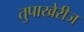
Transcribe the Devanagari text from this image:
तुपाखेरीज